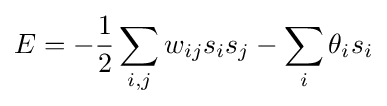
E=-{\frac {1}{2}}\sum _{i,j}w_{ij}s_{i}s_{j}-\sum _{i}\theta _{i}s_{i}